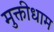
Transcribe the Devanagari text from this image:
मुक्तीधाम